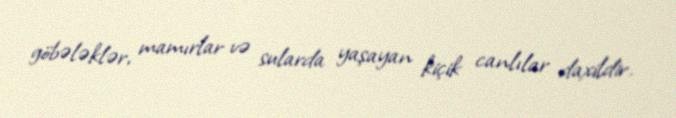
göbələklər, mamırlar və sularda yaşayan kiçik canlılar daxildir.